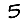
Digit: 5